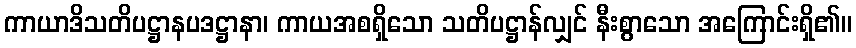
ကာယာဒိသတိပဋ္ဌာနပဒဋ္ဌာနာ၊ ကာယအစရှိသော သတိပဋ္ဌာန်လျှင် နီးစွာသော အကြောင်းရှိ၏။